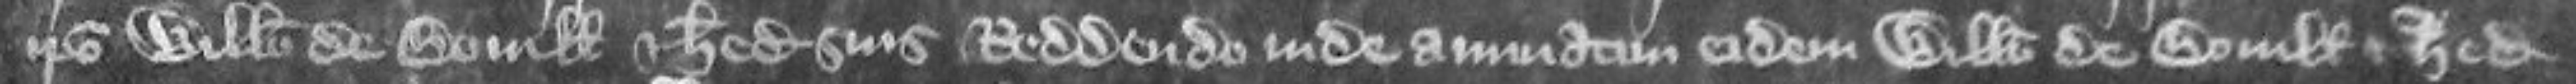
ipso Willelmo de Boville et heredibus suis reddendo inde annuatim eidem Willelmo de Boville et heredibus